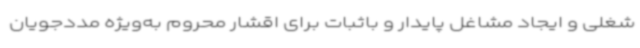
شغلی و ایجاد مشاغل پایدار و باثبات برای اقشار محروم به‌ویژه مددجویان